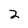
Character: 2